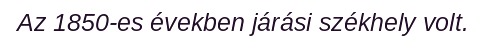
Az 1850-es években járási székhely volt.